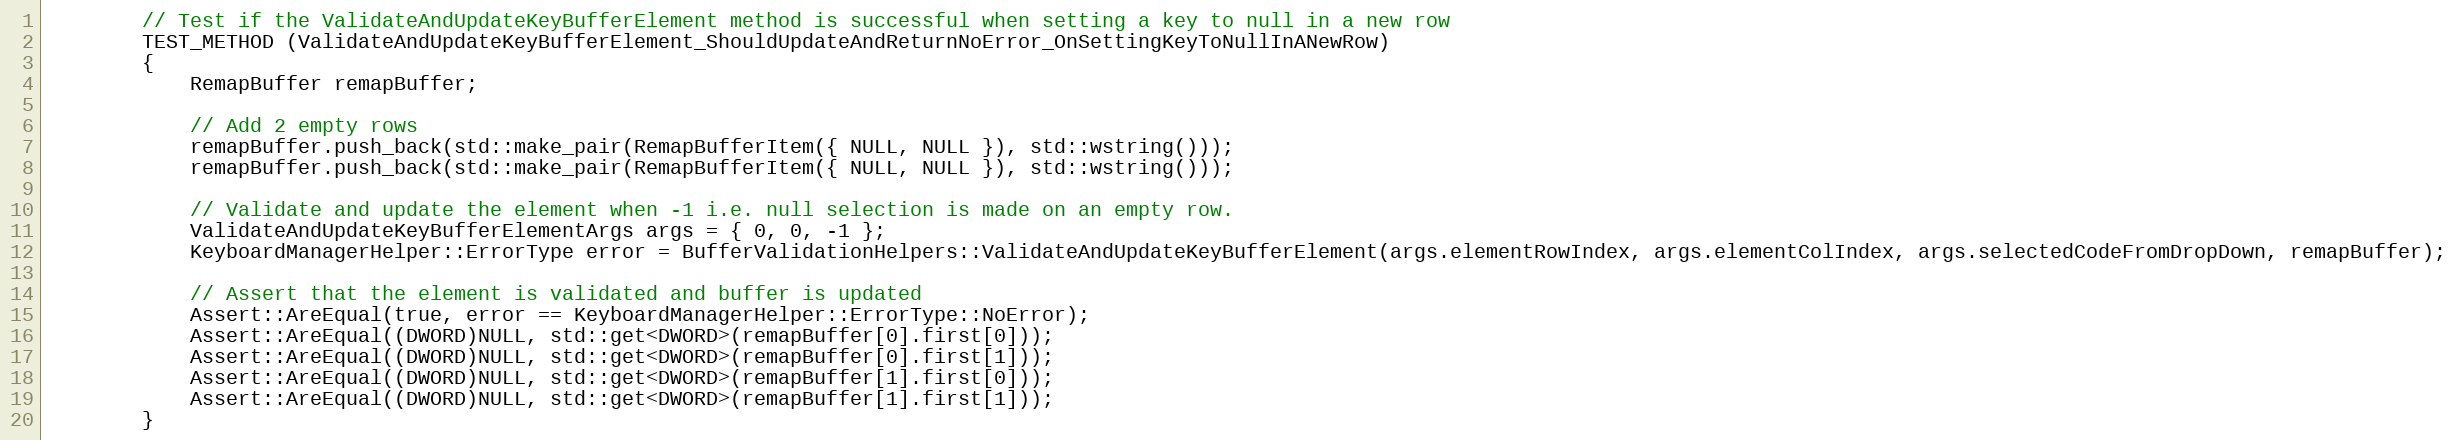
Language: C++
        // Test if the ValidateAndUpdateKeyBufferElement method is successful when setting a key to null in a new row
        TEST_METHOD (ValidateAndUpdateKeyBufferElement_ShouldUpdateAndReturnNoError_OnSettingKeyToNullInANewRow)
        {
            RemapBuffer remapBuffer;

            // Add 2 empty rows
            remapBuffer.push_back(std::make_pair(RemapBufferItem({ NULL, NULL }), std::wstring()));
            remapBuffer.push_back(std::make_pair(RemapBufferItem({ NULL, NULL }), std::wstring()));

            // Validate and update the element when -1 i.e. null selection is made on an empty row.
            ValidateAndUpdateKeyBufferElementArgs args = { 0, 0, -1 };
            KeyboardManagerHelper::ErrorType error = BufferValidationHelpers::ValidateAndUpdateKeyBufferElement(args.elementRowIndex, args.elementColIndex, args.selectedCodeFromDropDown, remapBuffer);

            // Assert that the element is validated and buffer is updated
            Assert::AreEqual(true, error == KeyboardManagerHelper::ErrorType::NoError);
            Assert::AreEqual((DWORD)NULL, std::get<DWORD>(remapBuffer[0].first[0]));
            Assert::AreEqual((DWORD)NULL, std::get<DWORD>(remapBuffer[0].first[1]));
            Assert::AreEqual((DWORD)NULL, std::get<DWORD>(remapBuffer[1].first[0]));
            Assert::AreEqual((DWORD)NULL, std::get<DWORD>(remapBuffer[1].first[1]));
        }